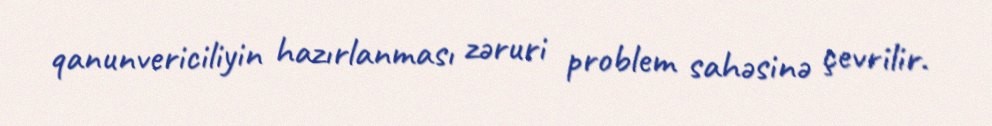
qanunvericiliyin hazırlanması zəruri problem sahəsinə çevrilir.